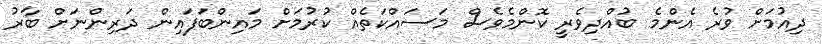
ދިއުމަށް ވުރެ އެންމެ ބުއްދިވެރީ ކޮންމެވެސް މަސައްކަތެއް ކުރުމަށް މައިންބަފައިން ދަރިންނަށް ބާރު